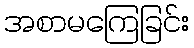
အစာမကြေခြင်း